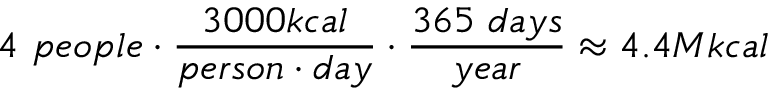
4 ~ p e o p l e \cdot \frac { 3 0 0 0 k c a l } { p e r s o n \cdot d a y } \cdot \frac { 3 6 5 ~ d a y s } { y e a r } \approx 4 . 4 M k c a l